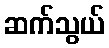
ဆက်သွယ်